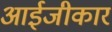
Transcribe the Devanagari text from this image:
आईजीकार